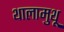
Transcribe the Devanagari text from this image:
थालामुथू